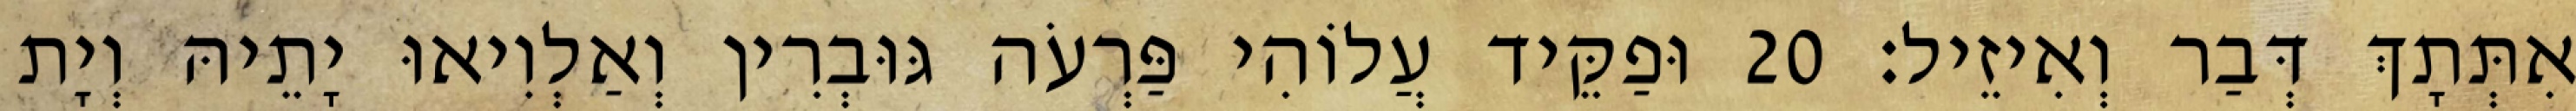
אִתְּתָךְ דְּבַר וְאִיזֵיל׃ 20 וּפַקֵּיד עֲלוֹהִי פַּרְעֹה גּוּבְרִין וְאַלְוִיאוּ יָתֵיהּ וְיָת